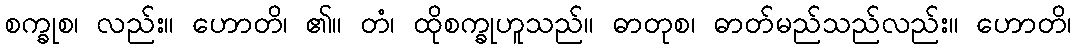
စက္ခုစ၊ လည်း။ ဟောတိ၊ ၏။ တံ၊ ထိုစက္ခုဟူသည်။ ဓာတုစ၊ ဓာတ်မည်သည်လည်း။ ဟောတိ၊